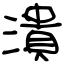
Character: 潰